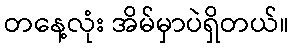
တနေ့လုံး အိမ်မှာပဲရှိတယ်။